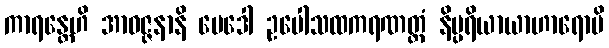
ကာရန္တေဟိ အာဝဇ္ဇနာနိ မေဒေါ ဥပေါသထကရဏတ္ထံ နိပ္ပရိယာယာဟာရောပိ